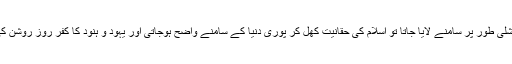
اس ریسرچ کو اگر آفیشلی طور پر سامنے لایا جاتا تو اسلام کی حقّانیت کھل کر پوری دنیا کے سامنے واضح ہوجاتی اور یہود و ہنود کا کفر روزِ روشن کی طرح واضح ہوجاتا۔